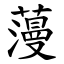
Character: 䕕